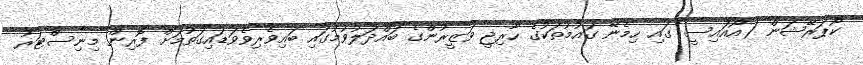
ކޯޕަރޭޝަން (އޯއައިސީ)ގައި ހިމެނޭ ގައުމުތަކުގެ ހާރިޖީ ވަޒީރުންގެ ބައްދަލުވުމުގައި ބައިވެރިވެވަޑައިގަތުމަށް ފޮރިން މިނިސްޓަރު